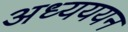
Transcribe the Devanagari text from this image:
अध्यययन